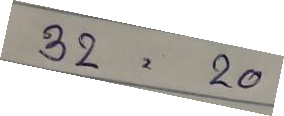
32 = 20